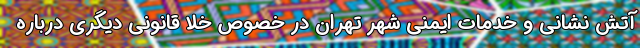
آتش نشانی و خدمات ایمنی شهر تهران در خصوص خلا قانونی دیگری درباره